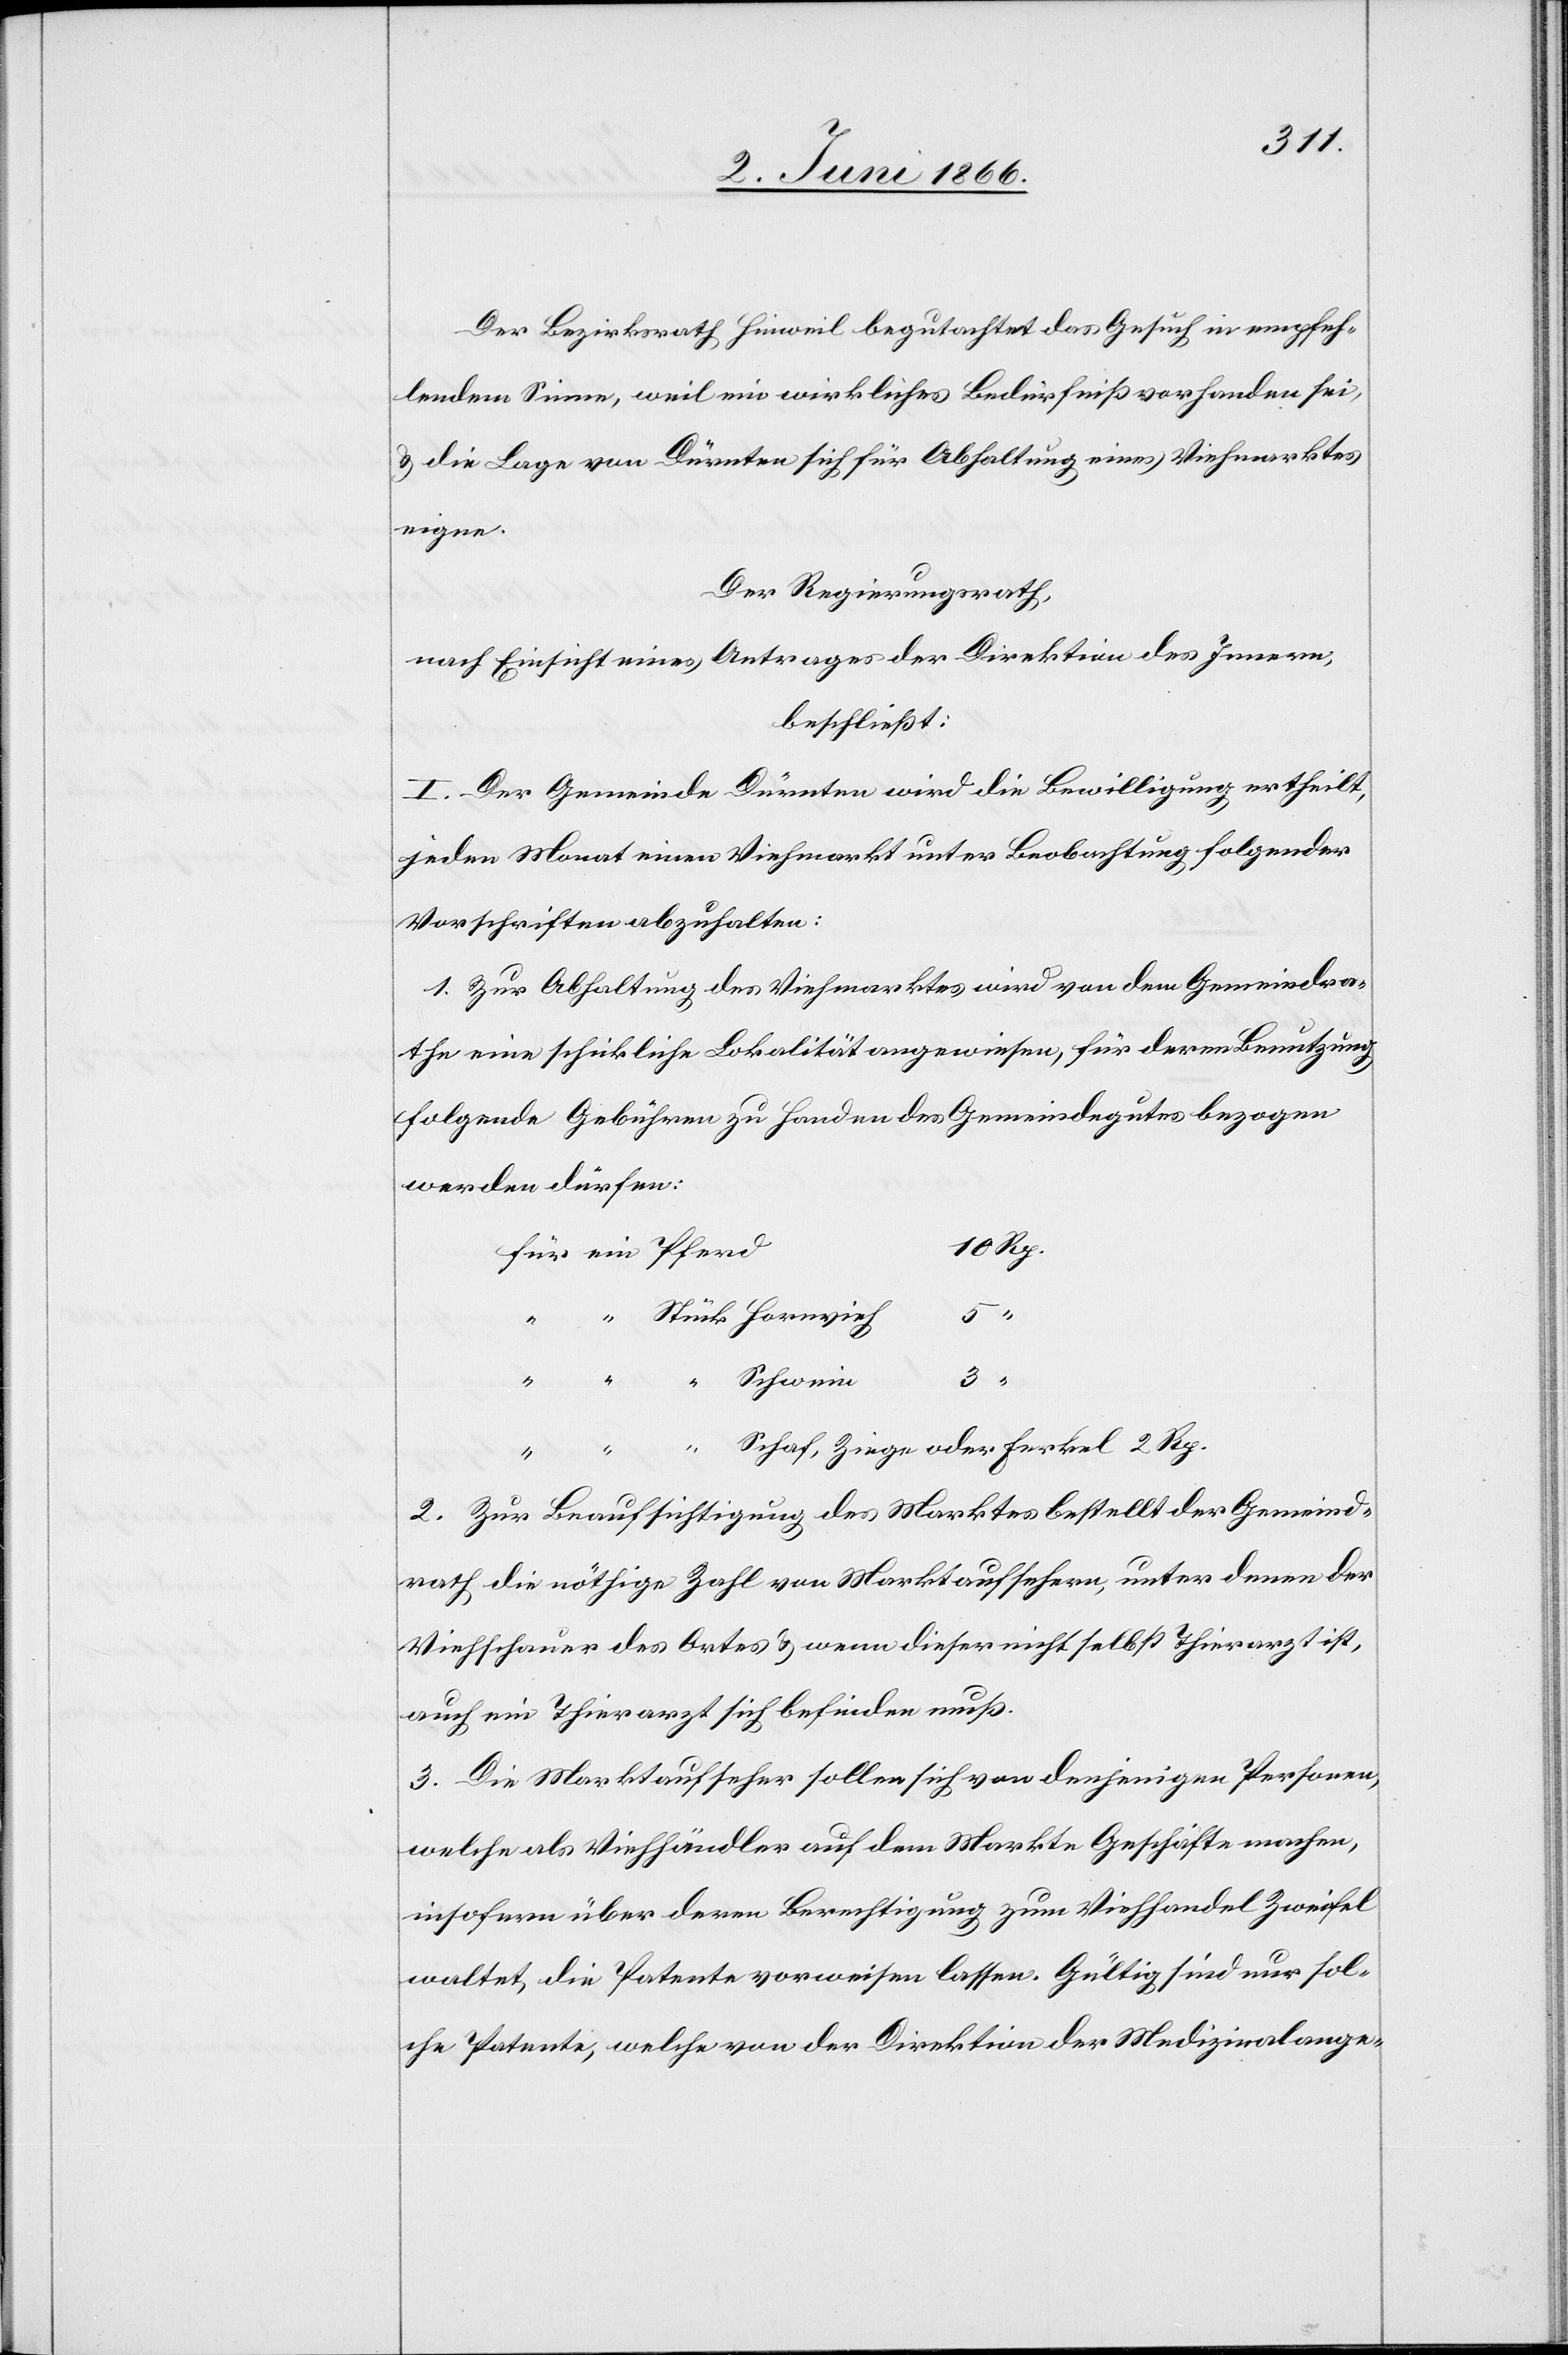
Der Bezirksrath Hinweil begutachtet das Gesuch in empfeh¬
lendem Sinne, weil ein wirkliches Bedürfniß vorhanden sei,
u. die Lage von Dürnten sich für Abhaltung eines Viehmarktes
eigne.
Der Regierungsrath,
nach Einsicht eines Antrages der Direktion des Innern,
beschließt:
I. Der Gemeinde Dürnten wird die Bewilligung ertheilt,
jeden Monat einen Viehmarkt unter Beobachtung folgender
Vorschriften abzuhalten:
1. Zur Abhaltung des Viehmarktes wird von dem Gemeindra¬
the eine schickliche Lokalität angewiesen, für deren Benutzung
folgende Gebühren zu Handen des Gemeindegutes bezogen
werden dürfen:
2 Rp.
5
3
2. Zur Beaufsichtigung des Marktes bestellt der Gemeind¬
rath die nöthige Zahl von Marktaufsehern, unter denen der
Viehschauer des Ortes u. wenn dieser nicht selbst Thierarzt ist,
auch ein Thierarzt sich befinden muß.
3. Die Marktaufseher sollen sich von denjenigen Personen,
welche als Viehhändler auf dem Markte Geschäfte machen,
insofern über deren Berechtigung zum Viehhandel Zweifel
walten, die Patente vorweisen lassen. Gültig sind nur sol¬
che Patente, welche von der Direktion der Medizinalange-